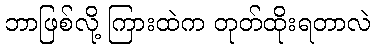
ဘာဖြစ်လို့ ကြားထဲက တုတ်ထိုးရတာလဲ